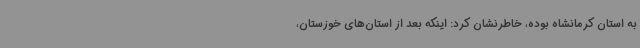
به استان کرمانشاه بوده، خاطرنشان کرد: اینکه بعد از استان‌های خوزستان،